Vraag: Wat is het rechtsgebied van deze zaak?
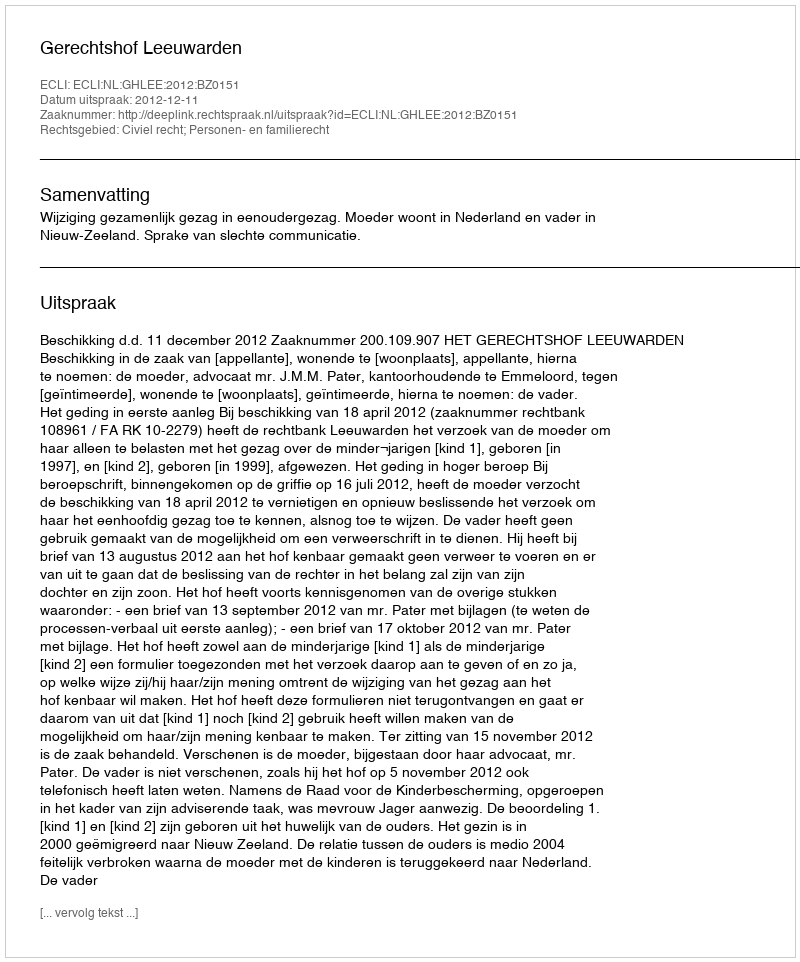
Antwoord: Civiel recht; Personen- en familierecht